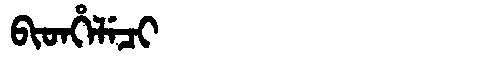
Manchu: ᠪᡳᡨᡥᡝᠯᡝᠴᡳ
Romanization: BITHELECI